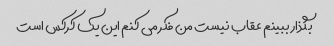
بگذار ببینم عقاب نیست من فکر می کنم این یک کرکس است